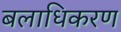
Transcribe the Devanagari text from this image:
बलाधिकरण